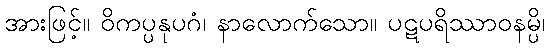
အားဖြင့်။ ဝိကပ္ပနုပဂံ၊ နာလောက်သော။ ပဋပရိဿာဝနမ္ပိ၊